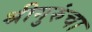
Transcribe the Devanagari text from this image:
श्रीगुरुंचा